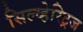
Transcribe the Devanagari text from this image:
सिल्व्हेस्ट्रिज